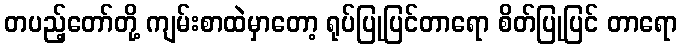
တပည့်တော်တို့ ကျမ်းစာထဲမှာတော့ ရုပ်ပြုပြင်တာရော စိတ်ပြုပြင် တာရော